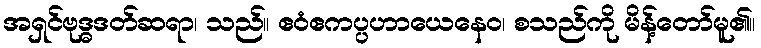
အရှင်ဗုဒ္ဓဒတ်ဆရာ၊ သည်။ ဧဝံဧကပ္ပဟာယေနေဝ၊ စသည်ကို မိန့်တော်မူ၏။